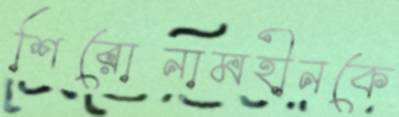
শিরোনামহীনকে